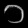
Digit: ၁